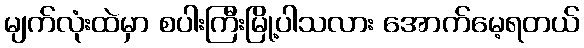
မျက်လုံးထဲမှာ စပါးကြီးမြို့ပါသလား အောက်မေ့ရတယ်